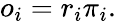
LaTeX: o_{i}=r_{i}\pi_{i}.